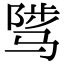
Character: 骘